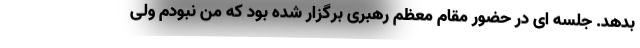
بدهد. جلسه ای در حضور مقام معظم رهبری برگزار شده بود که من نبودم ولی